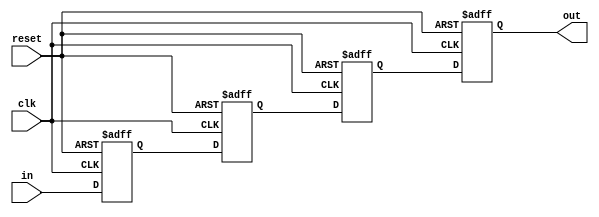
module fifo_buffer #(
	parameter SIZE = 4,
	parameter WIDTH = 8
) (
	input clk,
	input reset,
	input [WIDTH-1:0] in, 		//data in
	output [WIDTH-1:0] out		//data out
);

//---BUFFER---
reg [WIDTH-1:0] buffer [SIZE-1:0];

integer i;
always @(posedge clk or posedge reset) begin
	if(reset) begin

		//---Reset: Initialize to Zero---
		for(i=0; i<SIZE; i=i+1) begin
			buffer[i] <= 0;
		end

	end else begin

		//---Feed buffer---
		buffer[0] <= in;

		//---Pass values to next register---
		for(i=0; i<SIZE-1; i=i+1) begin
			buffer[i+1] <= buffer[i];
		end

	end
end

//---Dequeue from buffer---
assign out = buffer[SIZE-1];

endmodule